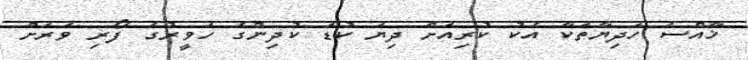
ޚާއްސަ ހަދިޔާތަކާ އެކު ކުރިއަށް ދިޔަ ކުޑަ ކުދިންގެ ހަވީރުގެ ފޯރި ވަރަށް